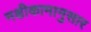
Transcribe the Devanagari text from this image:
नक्षीकामानुसार